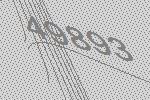
49893